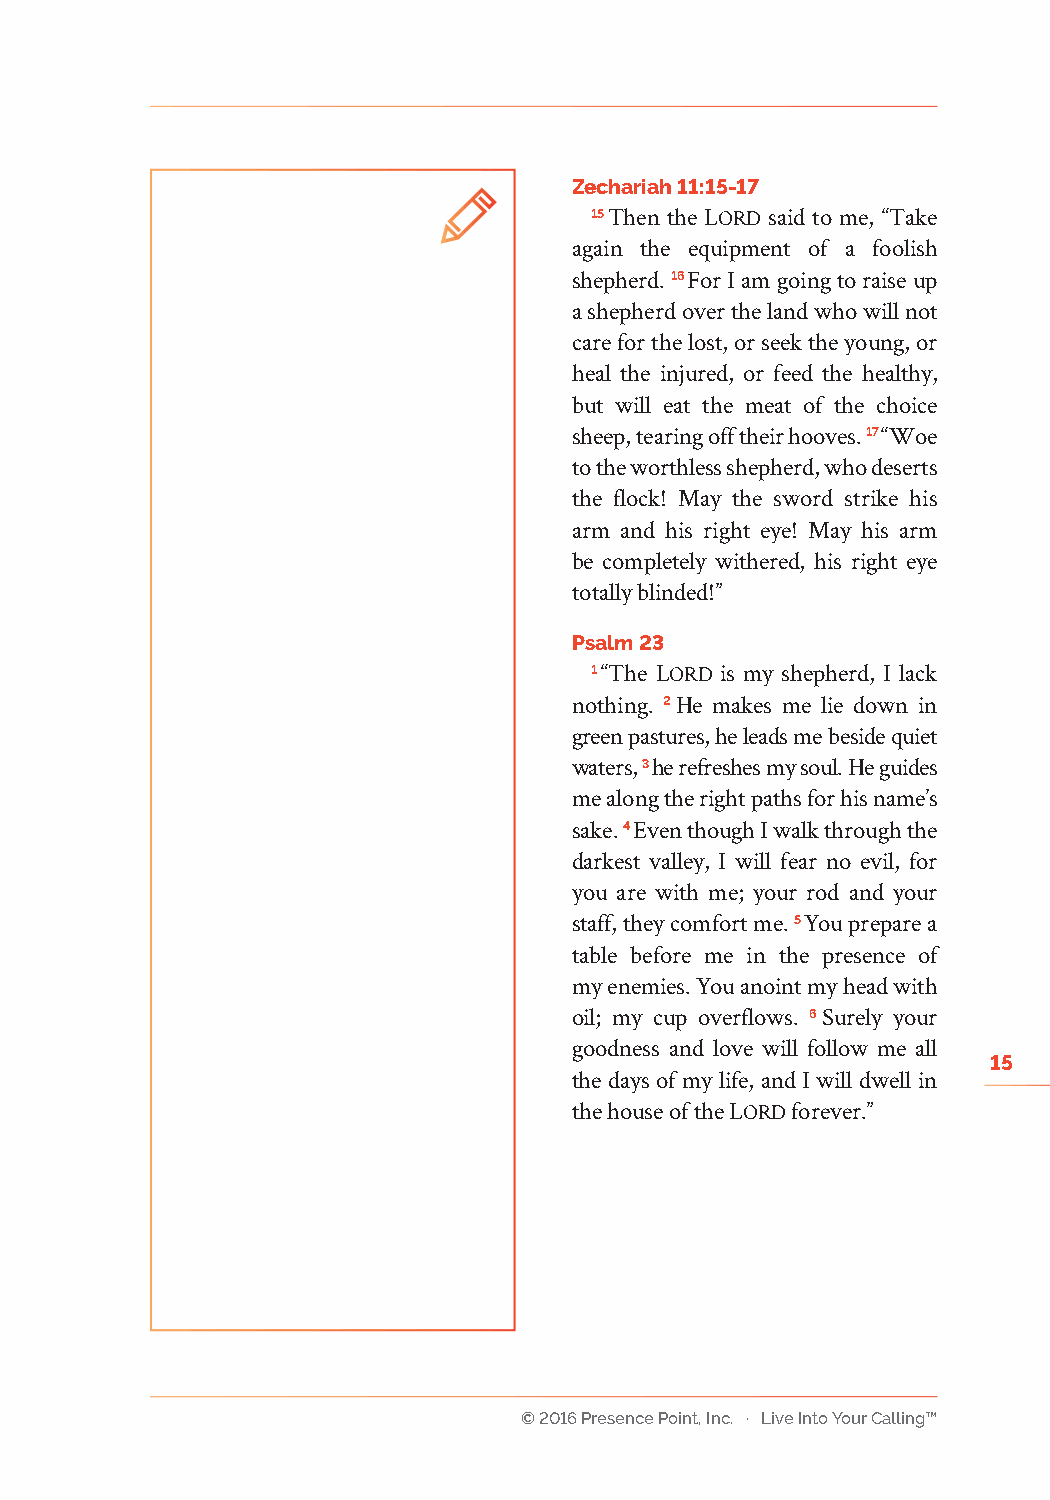
Zechariah 11:15-17
 15 Then the Lord said to me, “Take
 again the equipment of a foolish
 shepherd. 16 For I am going to raise up
 a shepherd over the land who will not
 care for the lost, or seek the young, or
 heal the injured, or feed the healthy,
 but will eat the meat of the choice
 sheep, tearing off their hooves. 17 “Woe
 to the worthless shepherd, who deserts
 the flock! May the sword strike his
 arm and his right eye! May his arm
 be completely withered, his right eye
 totally blinded!”
 Psalm 23
 1 “The Lord is my shepherd, I lack
 nothing. 2 He makes me lie down in
 green pastures, he leads me beside quiet
 waters, 3 he refreshes my soul. He guides
 me along the right paths for his name’s
 sake. 4 Even though I walk through the
 darkest valley, I will fear no evil, for
 you are with me; your rod and your
 staff, they comfort me. 5 You prepare a
 table before me in the presence of
 my enemies. You anoint my head with
 oil; my cup overflows. 6 Surely your
 goodness and love will follow me all
 15
 the days of my life, and I will dwell in
 the house of the Lord forever.”
 © 2016 Presence Point, Inc. · Live Into Your Calling™